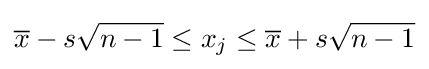
{\overline {x}}-s{\sqrt {n-1}}\leq x_{j}\leq {\overline {x}}+s{\sqrt {n-1}}